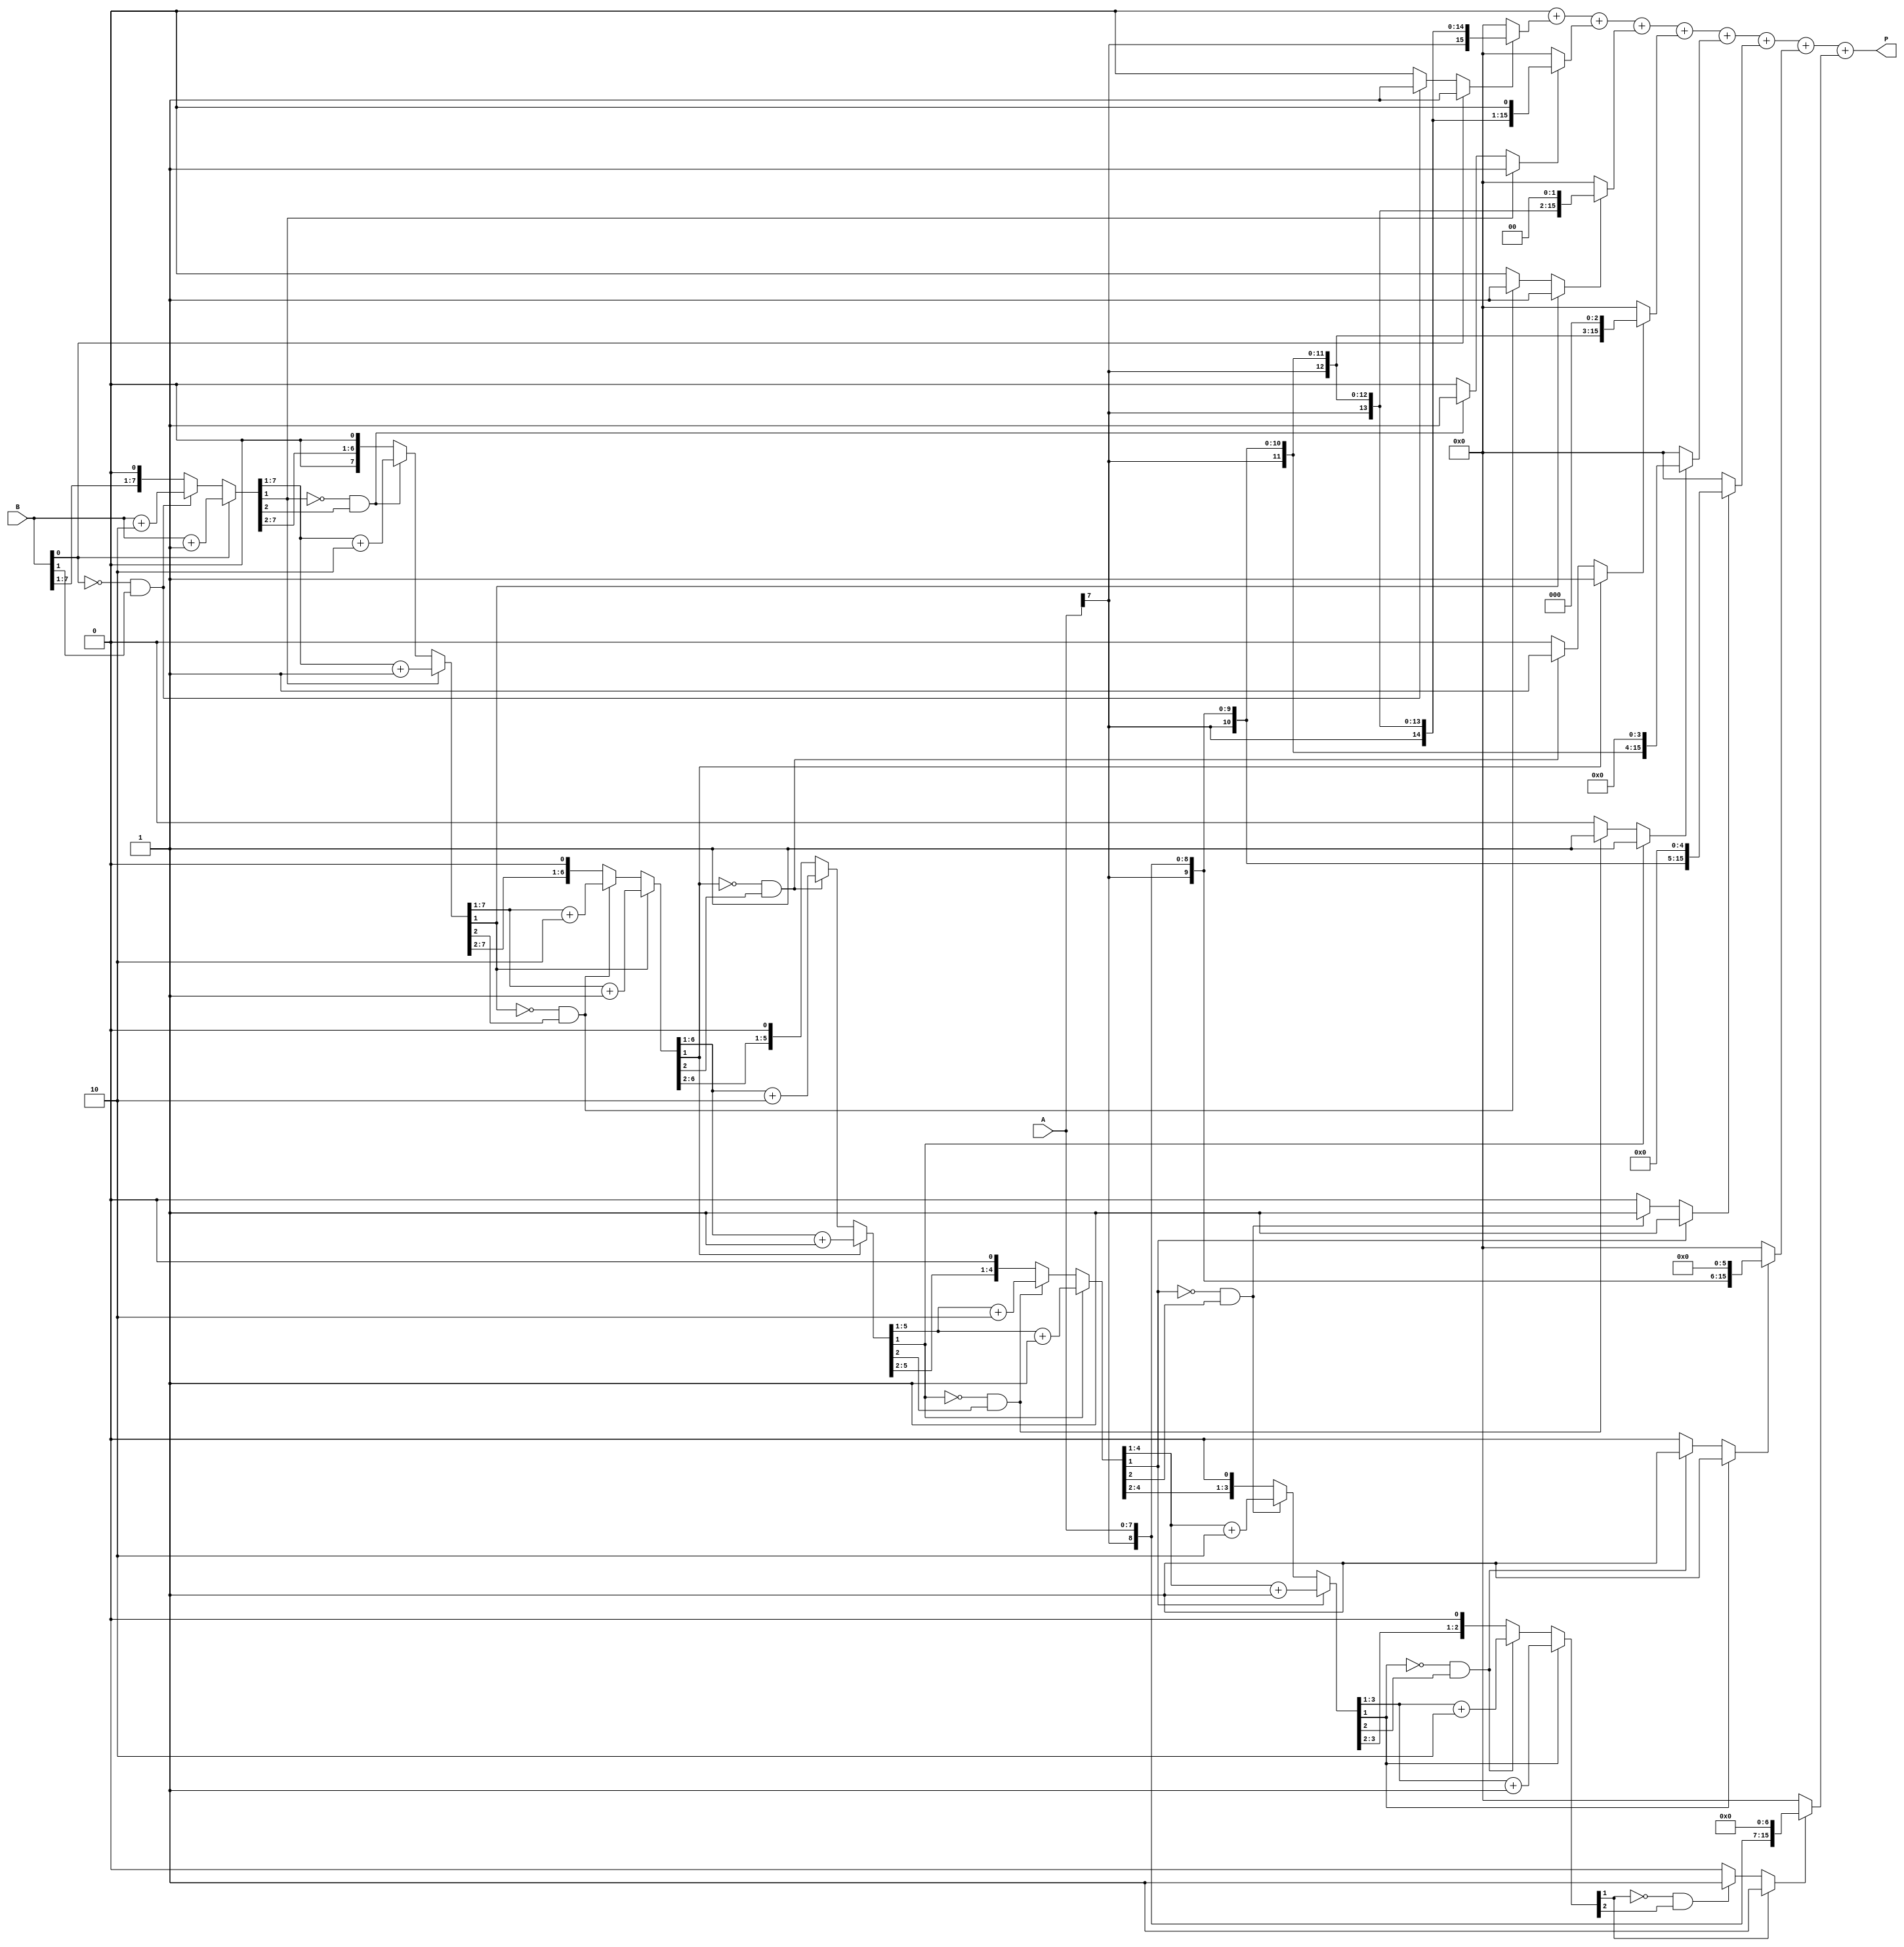
module csd_multiplier #(parameter N = 8) (
    input signed [N-1:0] A, // Operand 1
    input signed [N-1:0] B, // Operand 2
    output reg signed [2*N-1:0] P // Product
);

    // CSD representation
    reg signed [N-1:0] csd_A;
    reg signed [N-1:0] csd_B;

    // Function to convert binary to CSD
    function signed [N-1:0] binary_to_csd;
        input signed [N-1:0] bin;
        integer i;
        reg [N-1:0] temp;
        begin
            temp = bin;
            binary_to_csd = 0;
            for (i = 0; i < N; i = i + 1) begin
                if (temp[0] == 1) begin
                    binary_to_csd[i] = 1; // CSD digit 1
                    temp = temp + 1; // Round up
                end else if (temp[0] == 0 && temp[1] == 1) begin
                    binary_to_csd[i] = -1; // CSD digit -1
                    temp = temp + 2; // Round down
                end else begin
                    binary_to_csd[i] = 0; // CSD digit 0
                end
                temp = temp >> 1; // Shift right
            end
        end
    endfunction

    // Generate partial products based on CSD representation
    reg signed [2*N-1:0] partial_products [0:N-1];
    integer j;

    always @* begin
        // Convert A and B to CSD
        csd_A = binary_to_csd(A);
        csd_B = binary_to_csd(B);
        
        // Initialize partial products to zero
        for (j = 0; j < N; j = j + 1) begin
            partial_products[j] = 0;
        end

        // Generate partial products
        for (j = 0; j < N; j = j + 1) begin
            if (csd_B[j] == 1) begin
                partial_products[j] = A << j; // Shift left for positive CSD digit
            end else if (csd_B[j] == -1) begin
                partial_products[j] = - (A << j); // Shift left for negative CSD digit
            end
        end

        // Sum the partial products
        P = 0;
        for (j = 0; j < N; j = j + 1) begin
            P = P + partial_products[j];
        end
    end

endmodule